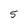
Character: 5